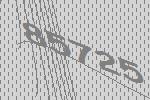
85725